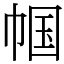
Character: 帼